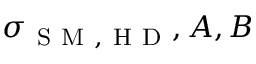
\sigma _ { \mathrm { ~ S ~ M ~ , ~ H ~ D ~ } } , A , B